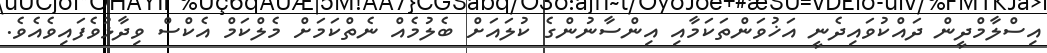
އިސްލާމްދީން ދައްކުވައިދެނީ އަޚުވަންތަކަމާއި އިންސާނުންގެ ކުލައަށް ބެލުމެއް ނެތްކަމަށް މެލްކަމް އެކްސް ވިދާޅުވެފައިވެއެވެ.